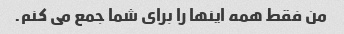
من فقط همه اینها را برای شما جمع می کنم.